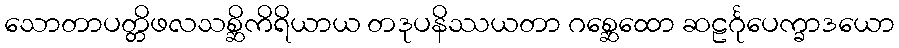
သောတာပတ္တိဖလသစ္ဆိကိရိယာယ တဒုပနိဿယတာ ဂစ္ဆေထော ဆဠင်္ဂုပေက္ခာဒယော